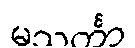
မသင်္ကာ